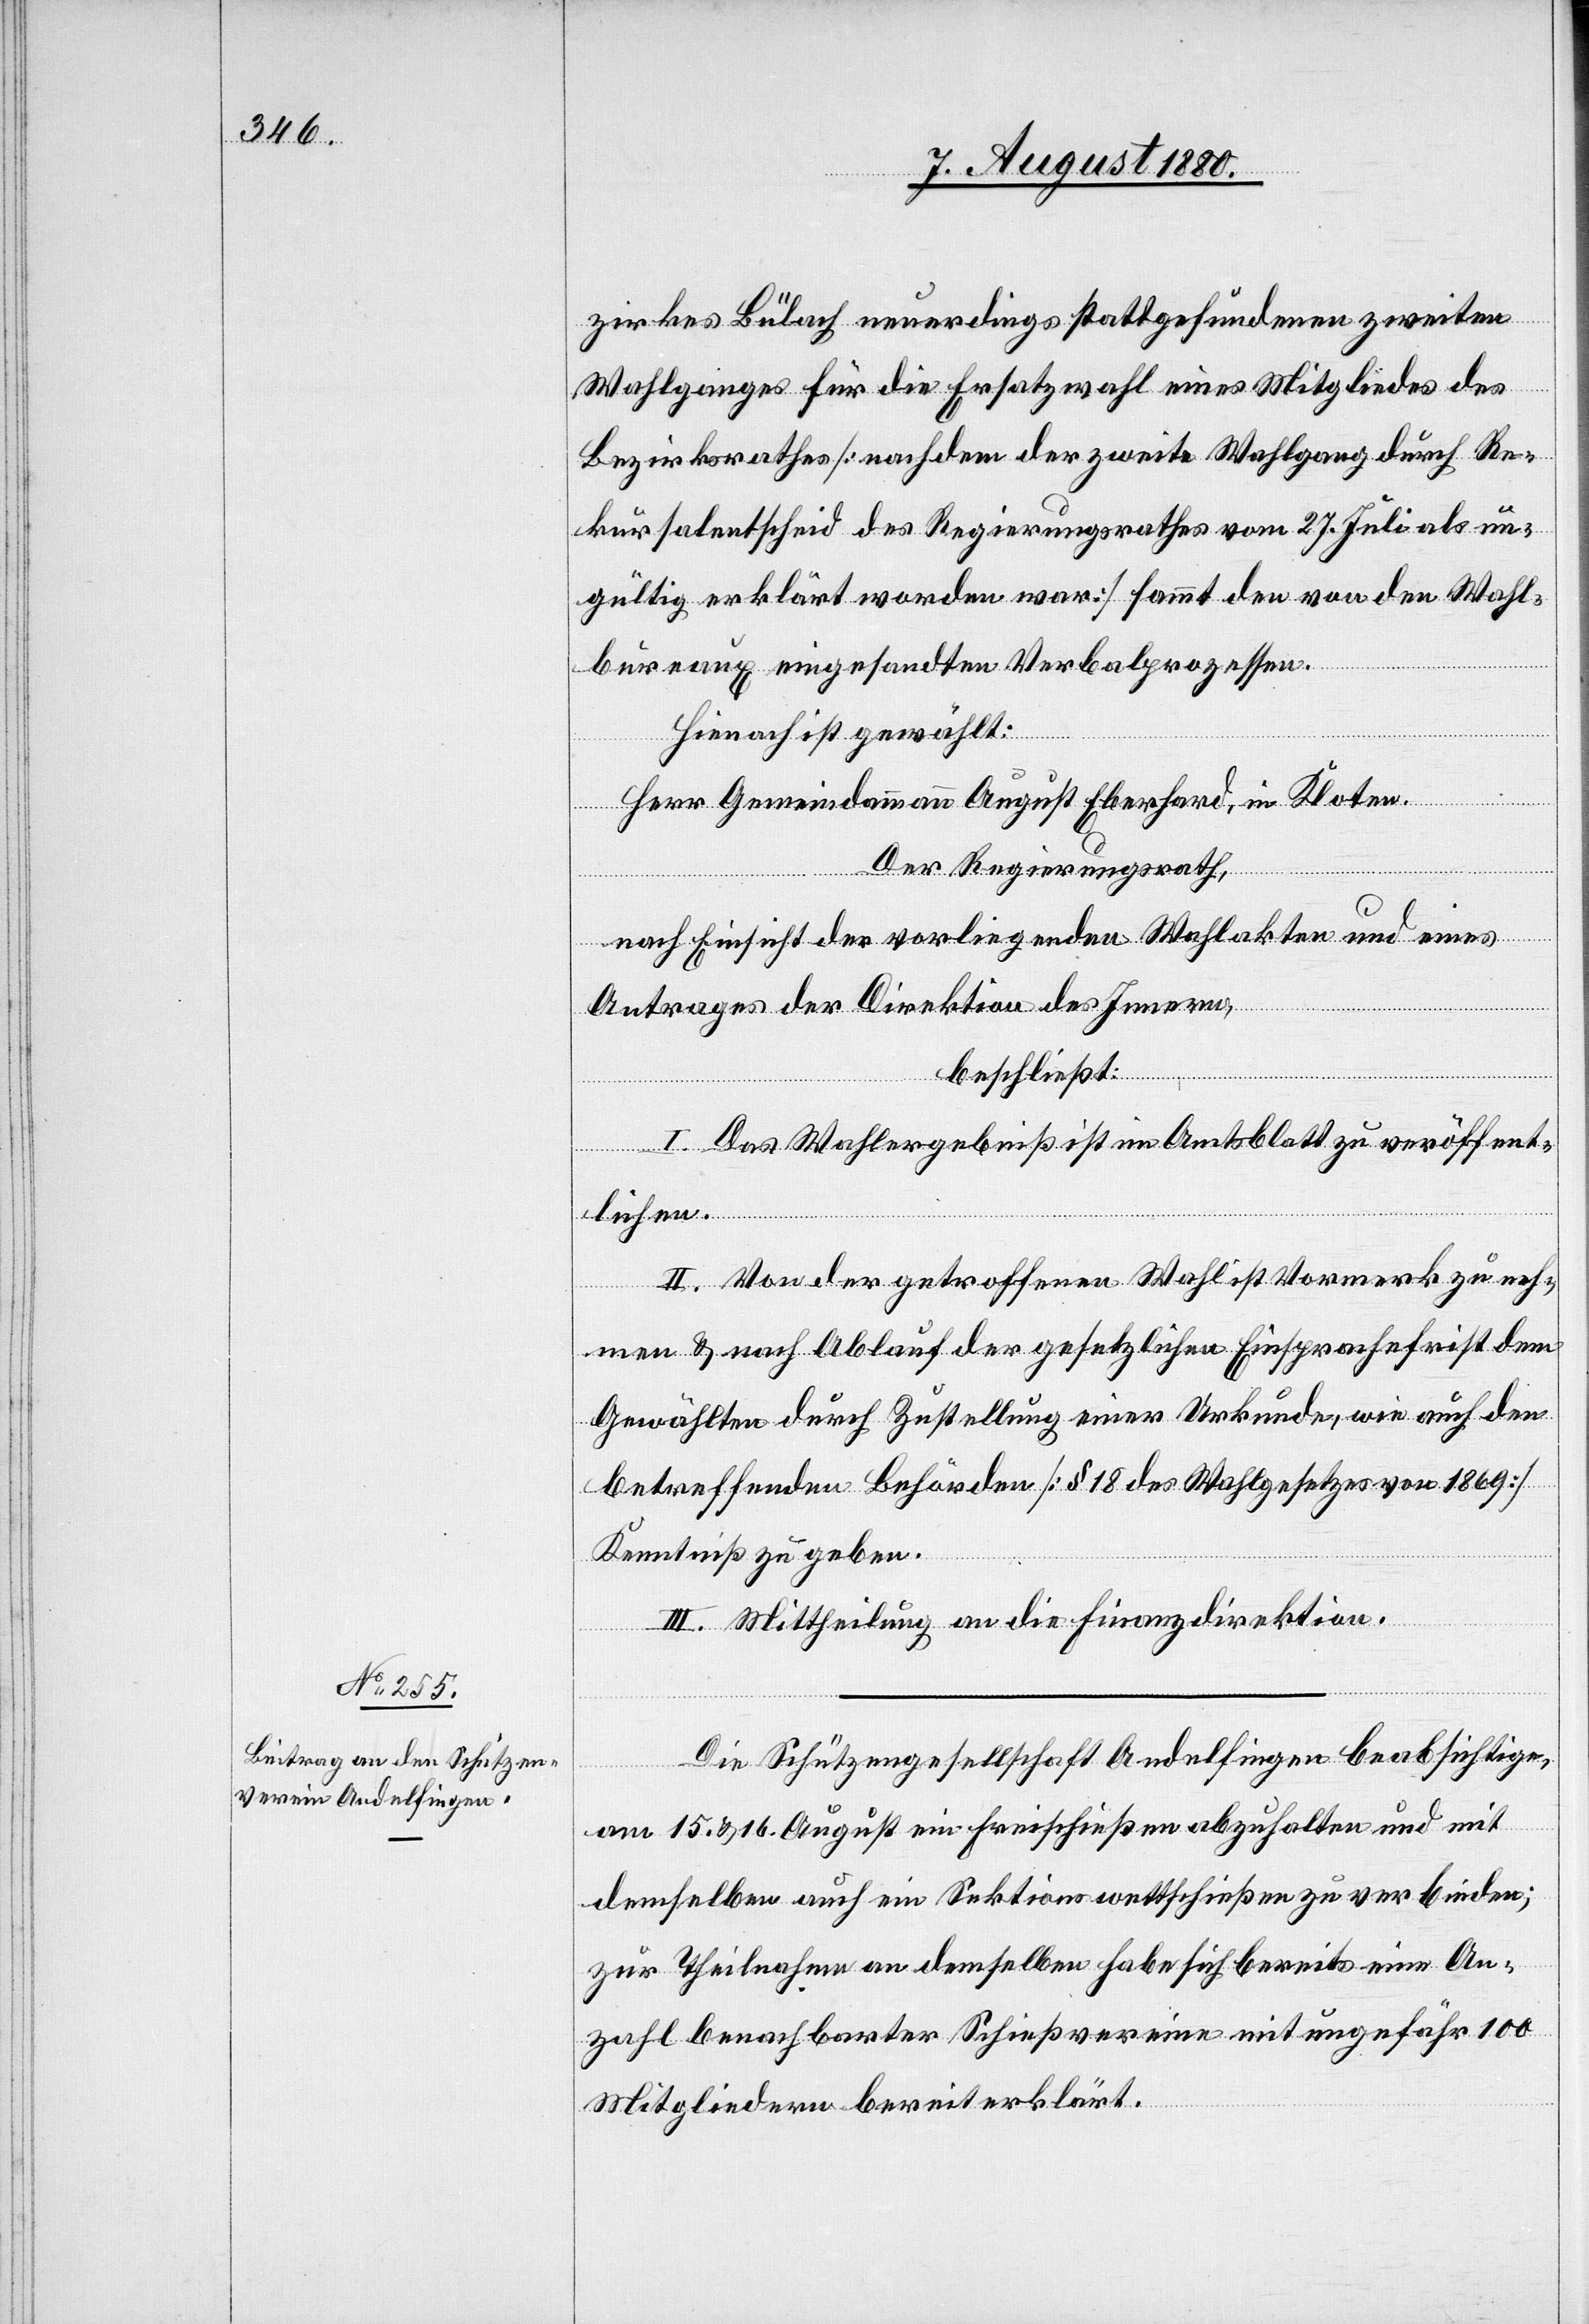
11. August 1880.]
zirkes Bülach neuerdings stattgefundenen zweiten
Wahlganges für die Ersatzwahl eines Mitgliedes des
Bezirksrathes [nachdem der zweite Wahlgang durch Re¬
kursalentscheid des Regierungsrathes vom 27. Juli als un¬
gültig erklärt worden war] sammt den von den Wahl¬
bureaux eingesandten Verbalprozessen.
Hienach ist gewählt:
Herr Gemeindeammann August Eberhard, in Kloten.
Der Regierungsrath,
nach Einsicht der vorliegenden Wahlakten und eines
Antrages der Direktion des Innern,
beschließt:
I. Das Wahlergebniß ist im Amtsblatt zu veröffent¬
lichen.
II. Von der getroffenen Wahl ist Vormerkt zu mach¬
en & nach Ablauf der gesetzlichen Einsprachefrist dem
Gewählten durch Zustellung einer Urkunde, wie auch den
betreffenden Behörden [§ 18 des Wahlgesetztes von 1869]
Kenntniß zu geben.
III. Mittheilung an die Finanzdirektion.
Die Schützengesellschaft Andelfingen beabsichtige,
am 15. & 16. August ein Freischießen abzuhalten und mit
demselben auch ein Sektionswettschießen zu verbinden;
zur Teilnahme an demselben habe sich bereits eine An¬
zahl benachbarter Schießvereine mit ungefähr 100
Mitgliedern bereit erklärt.